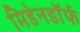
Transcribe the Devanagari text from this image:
मिडेनडॉर्फ